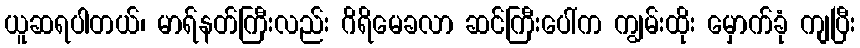
ယူဆရပါတယ်၊ မာရ်နတ်ကြီးလည်း ဂိရိမေခလာ ဆင်ကြီးပေါ်က ကျွမ်းထိုး မှောက်ခုံ ကျပြီး